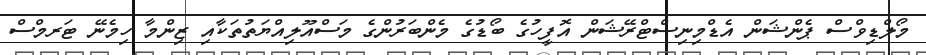
މޯލްޑިވްސް ޕެންޝަން އެޑްމިނިސްޓްރޭޝަން އޮފީހުގެ ބޯޑުގެ މެންބަރުންގެ މަސްއޫލިއްޔަތުތަކާއި ޒިންމާ ހިމެނޭ ޓަރމްސް